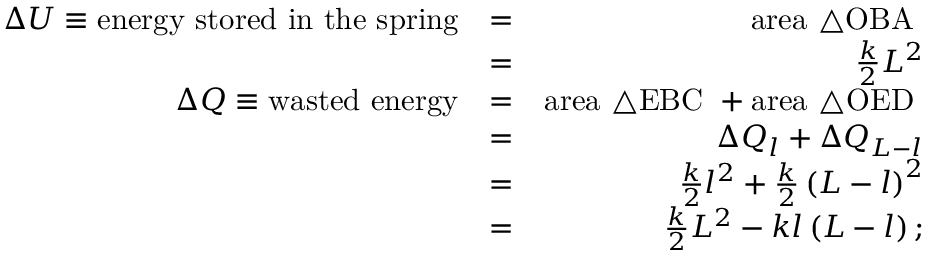
\begin{array} { r l r } { \Delta U \equiv \mathrm { e n e r g y ~ s t o r e d ~ i n ~ t h e ~ s p r i n g } } & { = } & { \mathrm { a r e a ~ \triangle { O B A } ~ } } \\ & { = } & { \frac { k } { 2 } L ^ { 2 } } \\ { \Delta Q \equiv \mathrm { w a s t e d ~ e n e r g y } } & { = } & { \mathrm { a r e a ~ \triangle { E B C } ~ } + \mathrm { a r e a ~ \triangle { O E D } ~ } } \\ & { = } & { \Delta Q _ { l } + \Delta Q _ { L - l } } \\ & { = } & { \frac { k } { 2 } l ^ { 2 } + \frac { k } { 2 } \left( L - l \right) ^ { 2 } } \\ & { = } & { \frac { k } { 2 } L ^ { 2 } - k l \left( L - l \right) ; } \end{array}